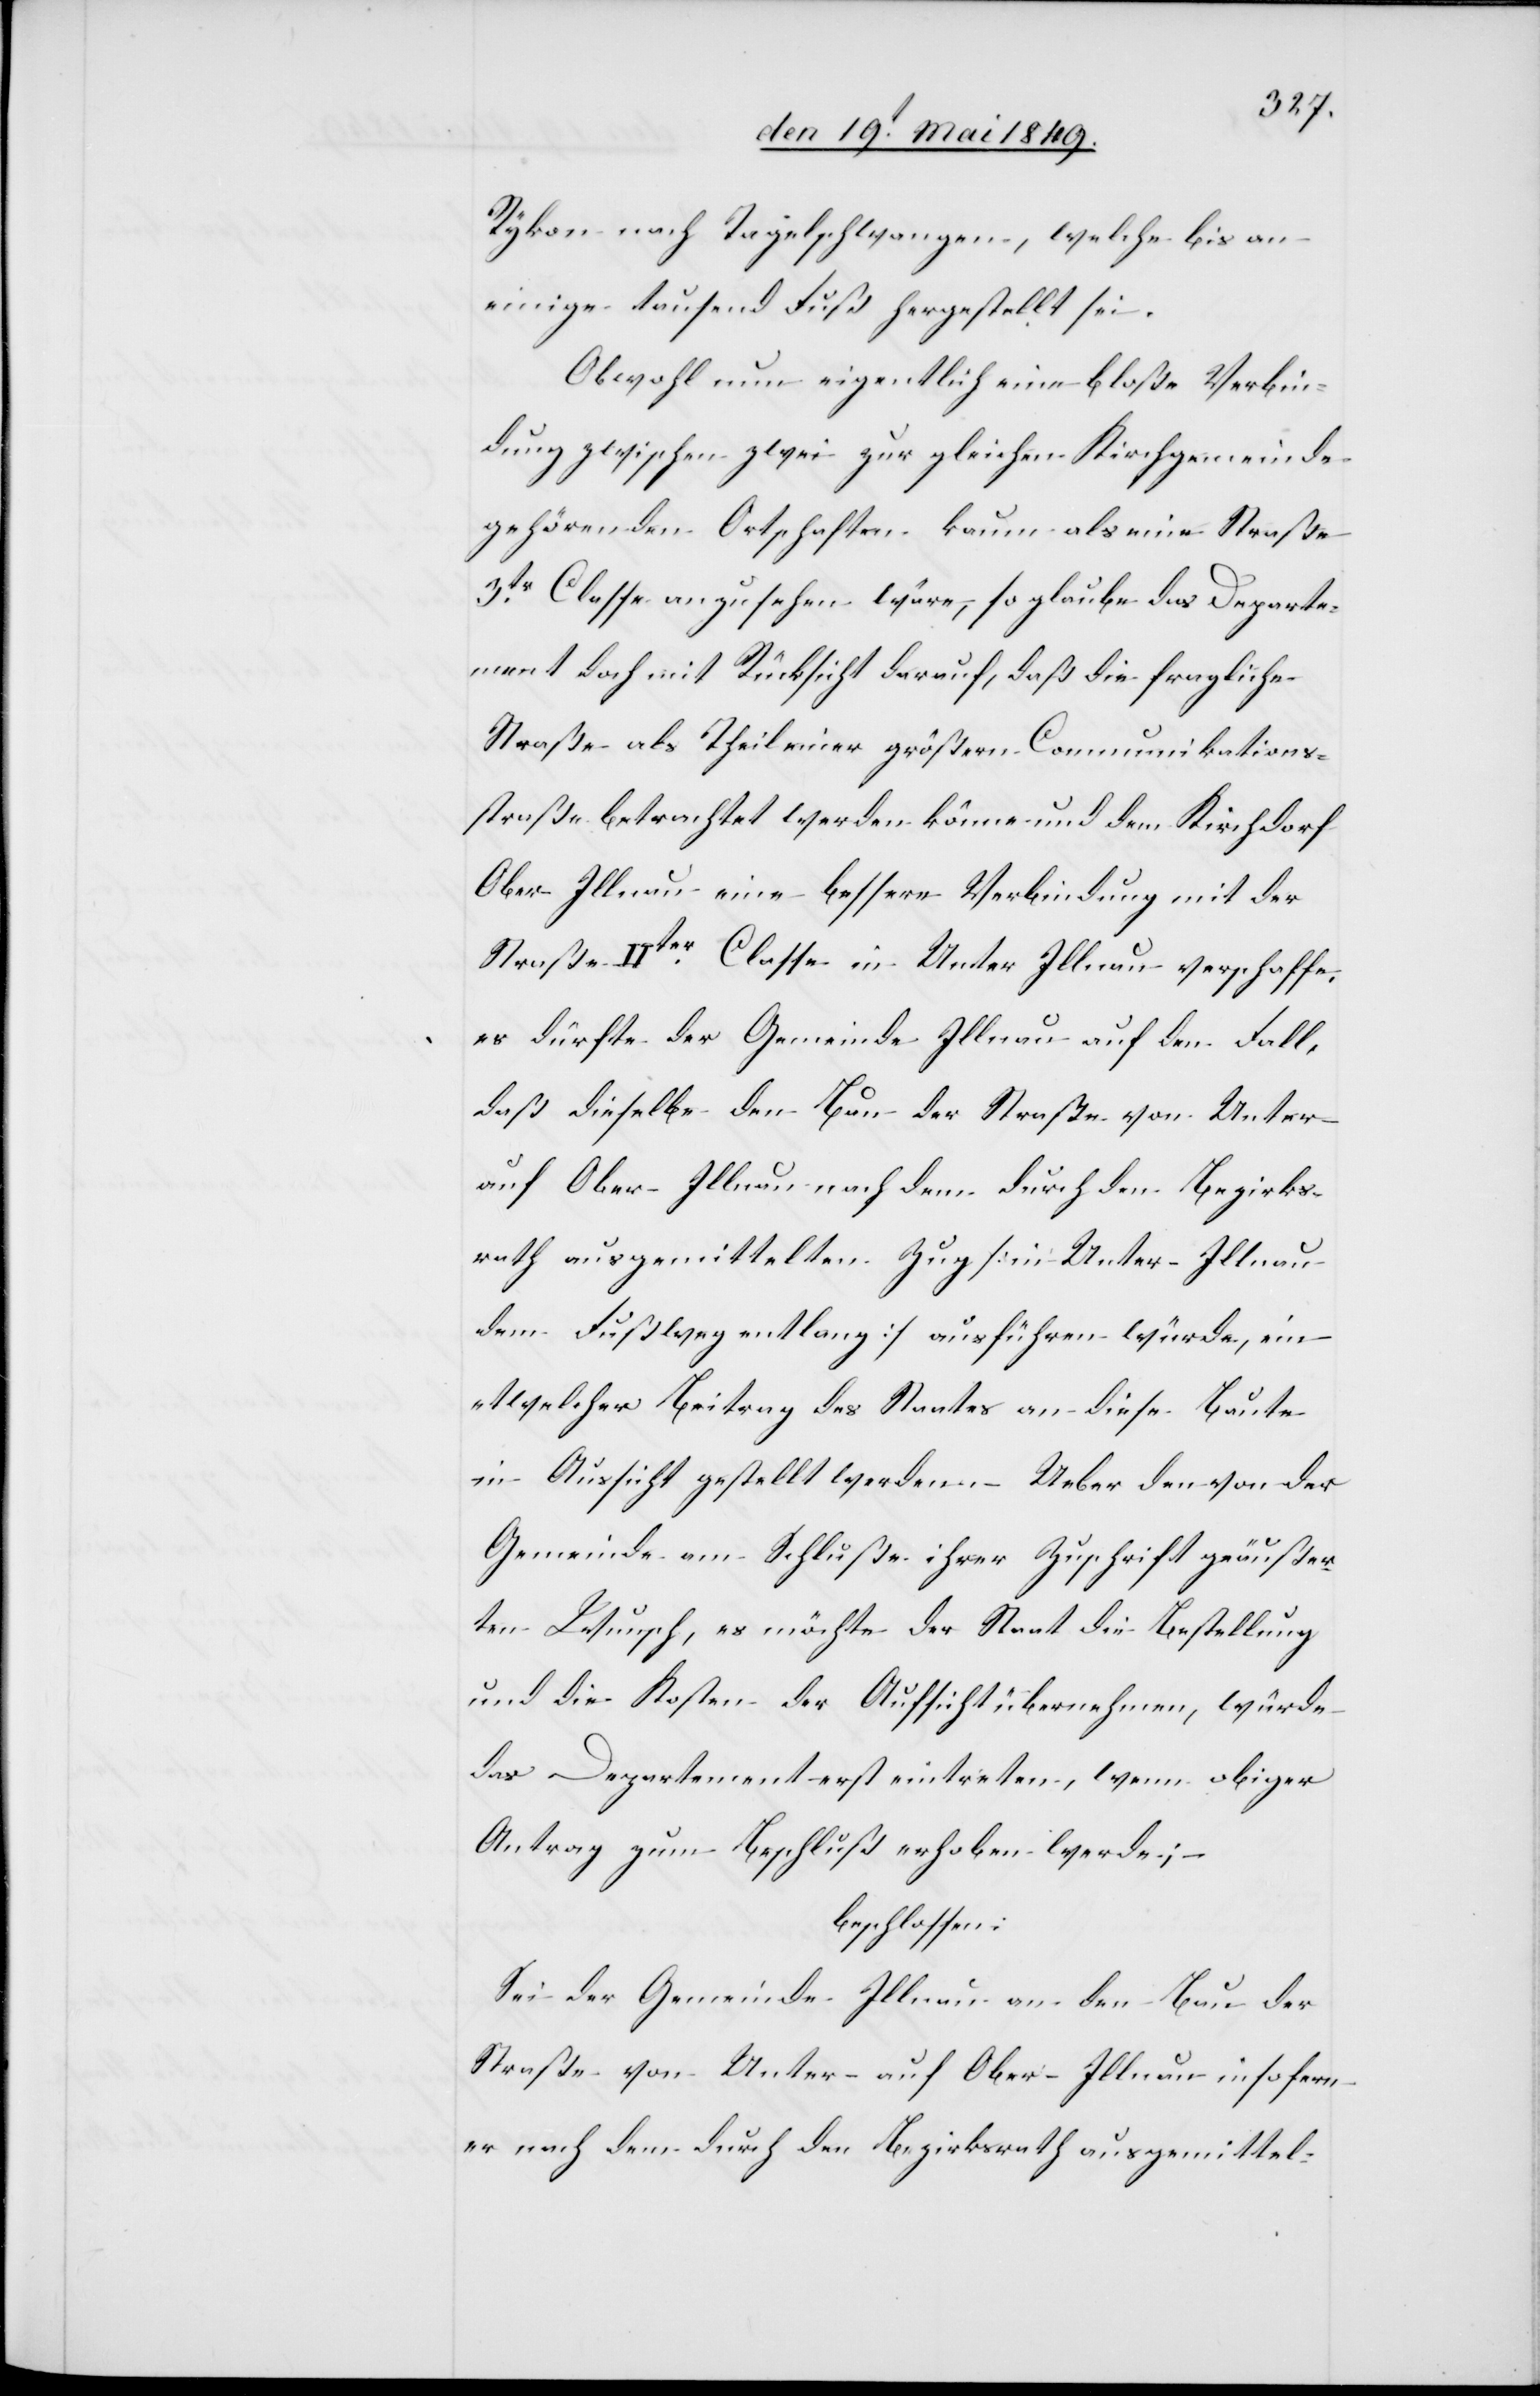
Rykon nach Tagelschwangen, welche bis an
einige tausend Fuß hergestellt sei.
Obwohl nun eigentlich eine bloße Verbin¬
dung zwischen zwei zur gleichen Kirchgemeinde
gehörenden Ortschaften kaum als eine Straße
3tr Classe anzusehen wäre, so glaube das Departe¬
ment doch mit Rücksicht darauf, daß die fragliche
Straße als Theil einer größern Communikations¬
straße betrachtet werden könne und dem Kirchdorf
Ober-Illnau eine bessere Verbindung mit der
Straße IIter Classe in Unter Illnau verschaffe,
es dürfte der Gemeinde Illnau auf den Fall,
daß dieselbe den Bau der Straße von Unter-
auf Ober-Illnau nach dem durch den Bezirks¬
rath ausgemittelten Zug [in Unter-Illnau
dem Fußweg entlang] ausführen würde, ein
etwelcher Beitrag des Staates an diese Baute
in Aussicht gestellt werden. Ueber den von der
Gemeinde am Schluße ihrer Zuschrift geäußer¬
ten Wunsch, es möchte der Staat die Bestellung
und die Kosten der Aufsicht übernehmen, würde
das Departement eintreten, wenn obiger
Antrag zum Beschluß erhoben werde;
beschlossen:
Sei der Gemeinde Illnau an den Bau der
Straße von Unter- auf Ober-Illnau insofern
er nach dem durch den Bezirksrath ausgemittel-